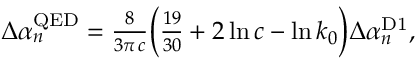
\begin{array} { r } { \Delta \alpha _ { n } ^ { \mathrm { Q E D } } = \frac { 8 } { 3 \pi \, c } \Big ( \frac { 1 9 } { 3 0 } + 2 \ln c - \ln k _ { 0 } \Big ) \Delta \alpha _ { n } ^ { \mathrm { D 1 } } , } \end{array}